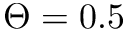
\Theta = 0 . 5